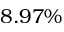
8 . 9 7 \%